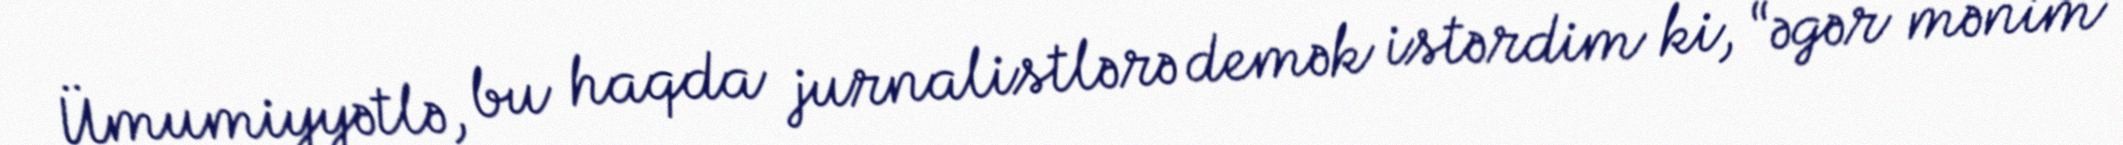
Ümumiyyətlə, bu haqda jurnalistlərə demək istərdim ki, “əgər mənim